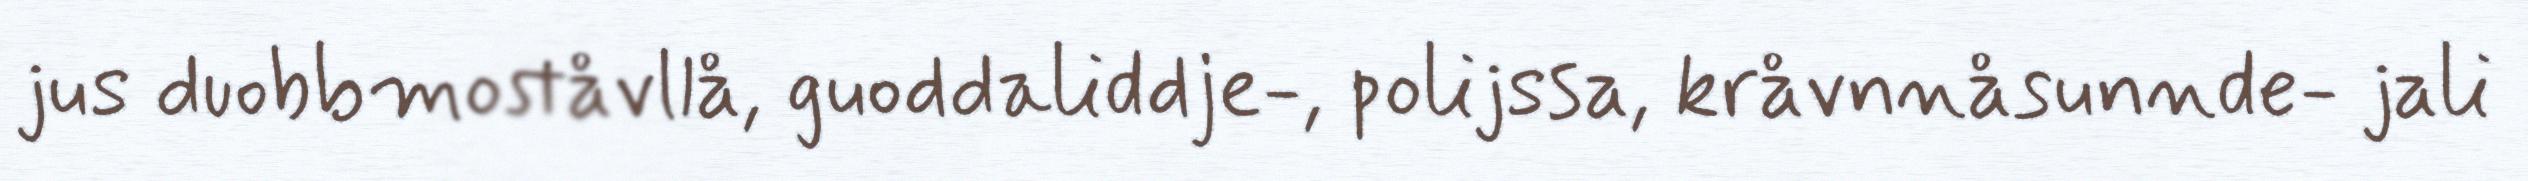
jus duobbmoståvllå, guoddaliddje-, polijssa, kråvnnåsunnde- jali